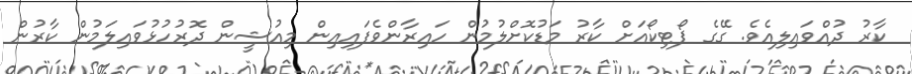
ކާރު ދުއްވައިލިއެވެ. ގޭގެ ޕޯޓިކޯއަށް ކާރު މަޑުކޮށްލުމުން ހައިރާންވެފައިއިން މިއުޝީން ދޮރުހުޅުވައިލަމުން ކާާރުން